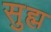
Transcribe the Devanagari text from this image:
सुह्म